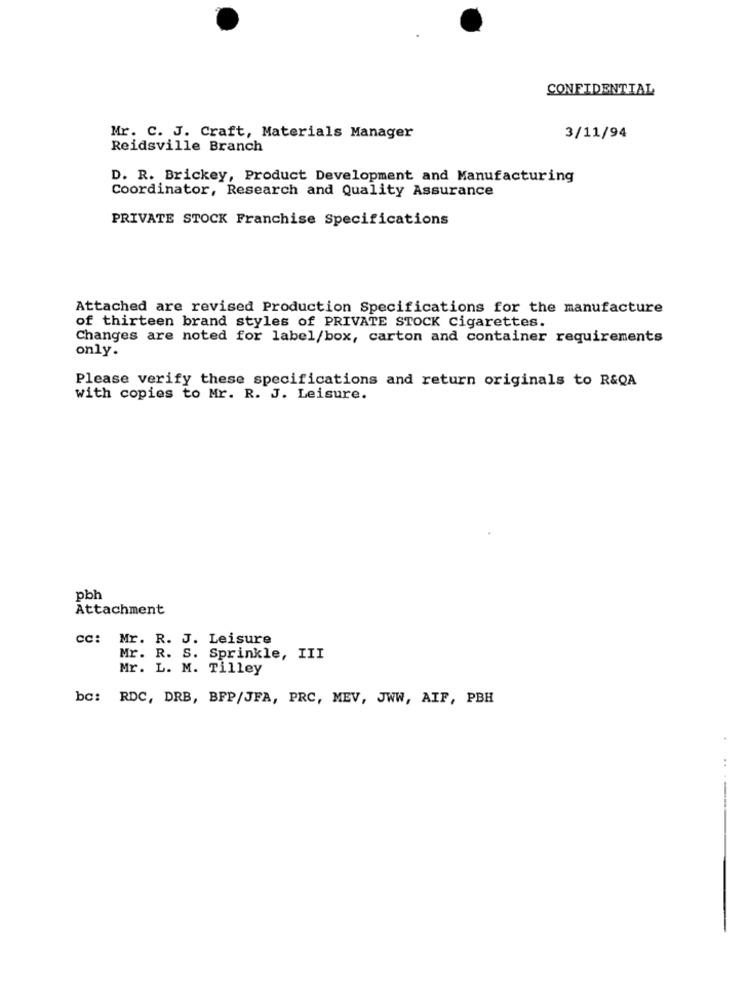
CONFIDENTIAL
Mr. C. J. Craft, Materials Manager
3/11/94
Reidsville Branch
D. R. Brickey, Product Development and Manufacturing
Coordinator, Research and Quality Assurance
PRIVATE STOCK Franchise Specifications
Attached are revised Production Specifications for the manufacture
of thirteen brand styles of PRIVATE STOCK Cigarettes.
Changes are noted for label/box, carton and container requirements
only.
Please verify these specifications and return originals to R&QA
with copies to Mr. R. J. Leisure.
pbh
Attachment
cc: Mr. R. J. Leisure
Mr. R. S. Sprinkle, III
Mr. L. M. Tilley
bc: RDC, DRB, BFP/JFA, PRC, MEV, JWW, AIF, PBH
.